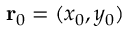
\mathbf { r } _ { 0 } = ( x _ { 0 } , y _ { 0 } )